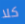
كلا